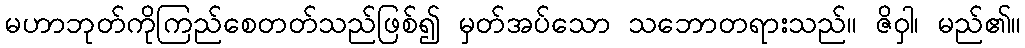
မဟာဘုတ်ကိုကြည်စေတတ်သည်ဖြစ်၍ မှတ်အပ်သော သဘောတရားသည်။ ဇိဝှါ၊ မည်၏။